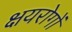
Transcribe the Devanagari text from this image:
क्षयरोगों